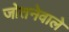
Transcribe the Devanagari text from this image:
जोतनेवाले